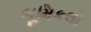
ભૂમિકલા